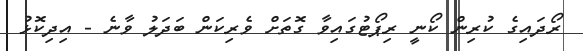
ރޯދައިގެ ކުރިން ކޯނީ ރިޕޯޓުގައިވާ ގޮތަށް ވެރިކަން ބަދަލު ވާނެ - އިދިކޮޅު